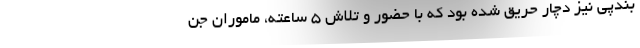
بندپی نیز دچار حریق شده بود که با حضور و تلاش ۵ ساعته، ماموران جن